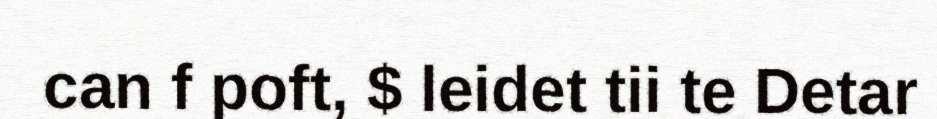
can f poft, $ leidet tii te Detar